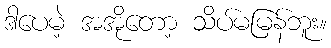
ဒါပေမဲ့ အအိုတော့ သိပ်မမြန်ဘူး။